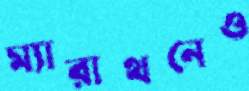
ম্যারাথনেও